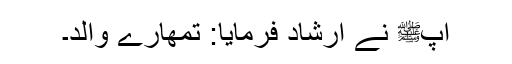
آپﷺ نے ارشاد فرمایا: تمھارے والد۔